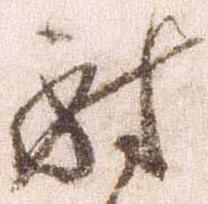
討